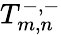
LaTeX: T_{m,n}^{-,-}